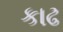
કાઢ